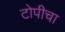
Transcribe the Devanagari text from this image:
टोपीचा